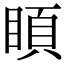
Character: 𥈗